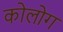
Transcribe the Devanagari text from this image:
कोलोग